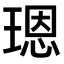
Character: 𤨒